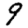
Digit: 9